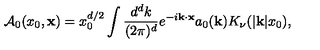
{ \cal A } _ { 0 } ( x _ { 0 } , { \bf x } ) = x _ { 0 } ^ { d / 2 } \int { \frac { d ^ { d } k } { ( 2 \pi ) ^ { d } } } e ^ { - i { \bf k } \cdot { \bf x } } a _ { 0 } ( { \bf k } ) K _ { \nu } ( | { \bf k } | x _ { 0 } ) ,